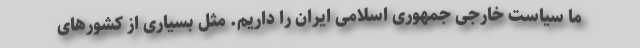
ما سیاست خارجی جمهوری اسلامی ایران را داریم. مثل بسیاری از کشورهای